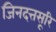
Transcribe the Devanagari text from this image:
जिनदत्तसूरि